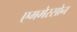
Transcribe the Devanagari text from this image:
एममेरसोन